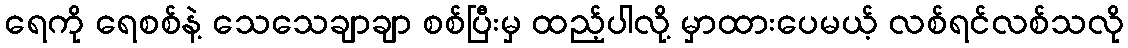
ရေကို ရေစစ်နဲ့ သေသေချာချာ စစ်ပြီးမှ ထည့်ပါလို့ မှာထားပေမယ့် လစ်ရင်လစ်သလို